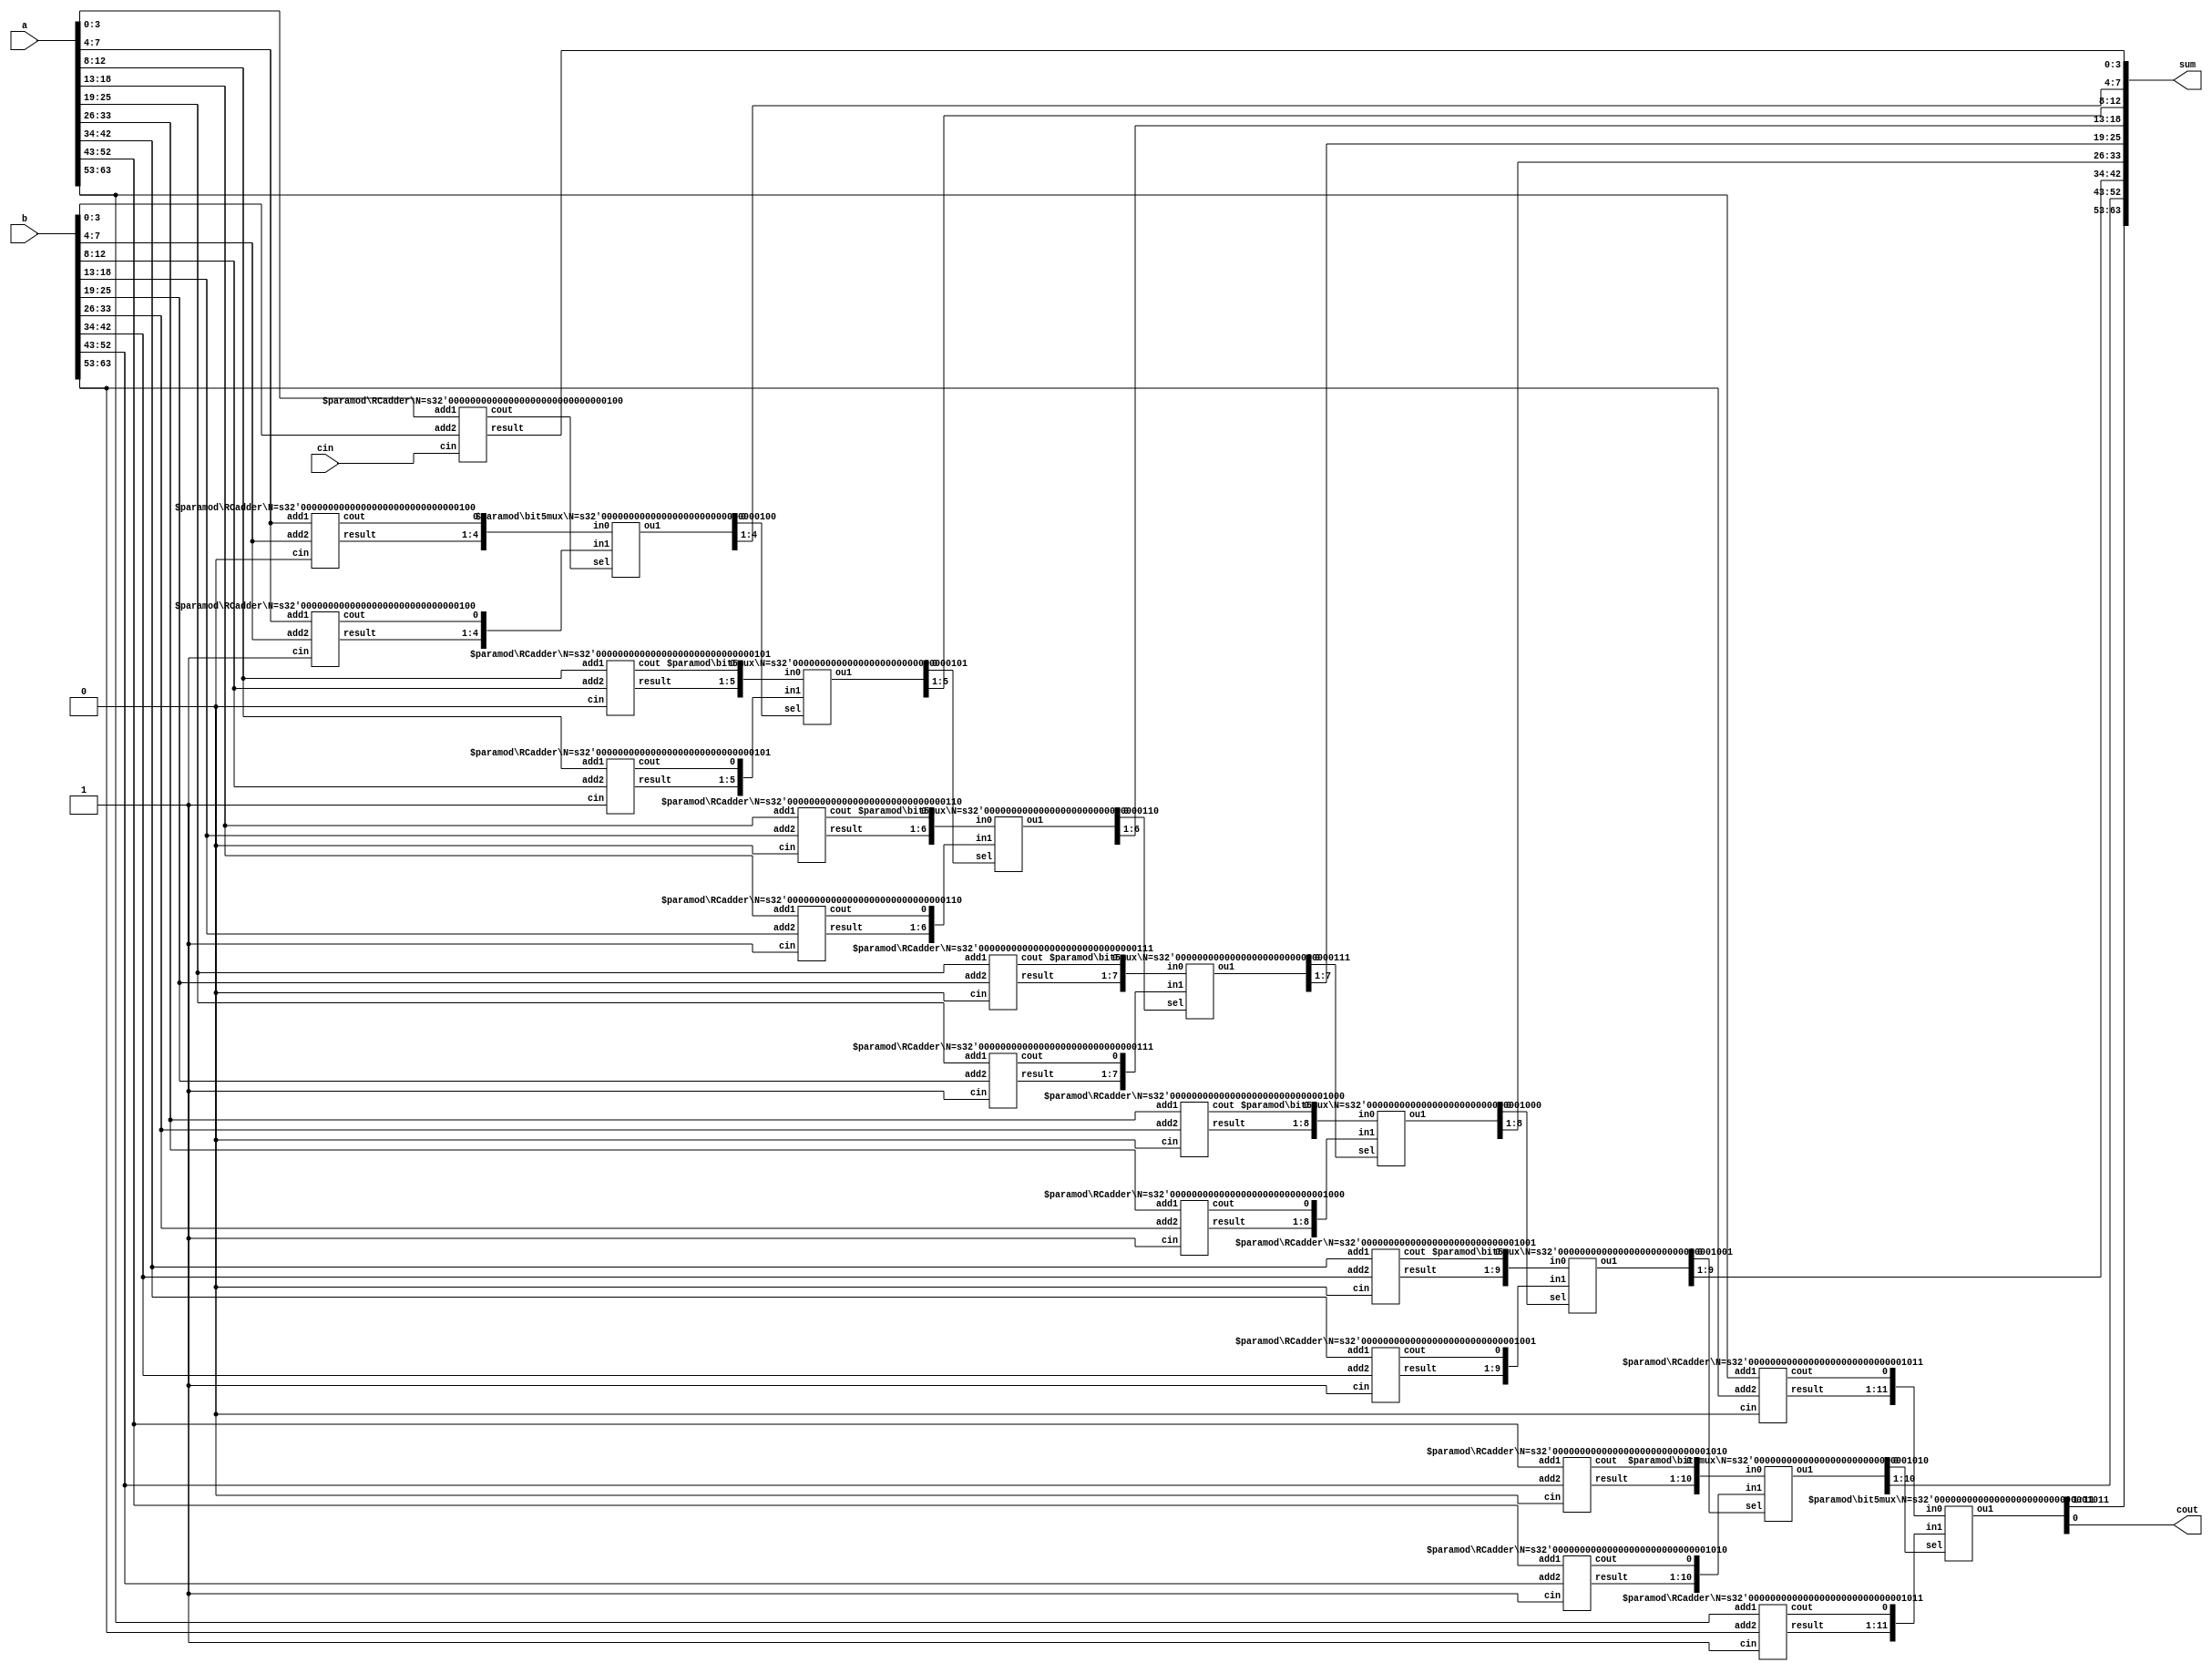
// =============================================================================
// -----------------------------------------------------------------------------
// This file implements a Square Root 64-bit Carry-Select (CSL) adder.
// =============================================================================


// ----------------------------------------------------
// Part I: 64-bit CSL adder
// ----------------------------------------------------
// TODO: please implement 64-bit CSL adder here, with 4bit 1st-stage.

module csla_64bit(
	input wire	[63:0]	a,		// operator 1
	input wire	[63:0]	b, 		// operator 2
	input wire			cin, 	// carry in

	output wire	[63:0]	sum,	// sum
	output wire			cout	// carry out
);

wire [63:0] add1 ;
wire [63:0] add2 ;
assign add1 = a ;
assign add2 = b ; 

wire [8*2-1:0] mid_c ;  //guessed carries out
wire [127:0] mid_sum ;   // guessed sum
wire [8:0] selected_c ; // selected carries out
wire [64-1:0] selected_sum ; // selected sum
assign cout = selected_c[8];
assign sum = selected_sum;


RCadder #(.N(4)) bit64_RCadder1_i1(.add1(add1[3:0]),.add2(add2[3:0]),.cin(cin),.result(selected_sum[3:0]),.cout(selected_c[0]));

RCadder #(.N(4)) bit64_RCadder1_i2(.add1(add1[7:4]),.add2(add2[7:4]),.cin(1'b0),.result(mid_sum[11:8]),.cout(mid_c[0]));
RCadder #(.N(4)) bit64_RCadder2_i2(.add1(add1[7:4]),.add2(add2[7:4]),.cin(1'b1),.result(mid_sum[15:12]),.cout(mid_c[1]));
bit5mux #(.N(4)) bit64_bit5mux_i2(.in0({mid_sum[11:8],mid_c[0]}),.in1({mid_sum[15:12],mid_c[1]}),.sel(selected_c[0]),.ou1({selected_sum[7:4],selected_c[1]}));

RCadder #(.N(5)) bit64_RCadder1_i3(.add1(add1[12:8]),.add2(add2[12:8]),.cin(1'b0),.result(mid_sum[20:16]),.cout(mid_c[2]));
RCadder #(.N(5)) bit64_RCadder2_i3(.add1(add1[12:8]),.add2(add2[12:8]),.cin(1'b1),.result(mid_sum[25:21]),.cout(mid_c[3]));
bit5mux #(.N(5)) bit64_bit5mux_i3(.in0({mid_sum[20:16],mid_c[2]}),.in1({mid_sum[25:21],mid_c[3]}),.sel(selected_c[1]),.ou1({selected_sum[12:8],selected_c[2]}));

RCadder #(.N(6)) bit64_RCadder1_i4(.add1(add1[18:13]),.add2(add2[18:13]),.cin(1'b0),.result(mid_sum[31:26]),.cout(mid_c[4]));
RCadder #(.N(6)) bit64_RCadder2_i4(.add1(add1[18:13]),.add2(add2[18:13]),.cin(1'b1),.result(mid_sum[37:32]),.cout(mid_c[5]));
bit5mux #(.N(6)) bit64_bit5mux_i4(.in0({mid_sum[31:26],mid_c[4]}),.in1({mid_sum[37:32],mid_c[5]}),.sel(selected_c[2]),.ou1({selected_sum[18:13],selected_c[3]}));

RCadder #(.N(7)) bit64_RCadder1_i5(.add1(add1[25:19]),.add2(add2[25:19]),.cin(1'b0),.result(mid_sum[44:38]),.cout(mid_c[6]));
RCadder #(.N(7)) bit64_RCadder2_i5(.add1(add1[25:19]),.add2(add2[25:19]),.cin(1'b1),.result(mid_sum[51:45]),.cout(mid_c[7]));
bit5mux #(.N(7)) bit64_bit5mux_i5(.in0({mid_sum[44:38],mid_c[6]}),.in1({mid_sum[51:45],mid_c[7]}),.sel(selected_c[3]),.ou1({selected_sum[25:19],selected_c[4]}));

RCadder #(.N(8)) bit64_RCadder1_i6(.add1(add1[33:26]),.add2(add2[33:26]),.cin(1'b0),.result(mid_sum[59:52]),.cout(mid_c[8]));
RCadder #(.N(8)) bit64_RCadder2_i6(.add1(add1[33:26]),.add2(add2[33:26]),.cin(1'b1),.result(mid_sum[67:60]),.cout(mid_c[9]));
bit5mux #(.N(8)) bit64_bit5mux_i6(.in0({mid_sum[59:52],mid_c[8]}),.in1({mid_sum[67:60],mid_c[9]}),.sel(selected_c[4]),.ou1({selected_sum[33:26],selected_c[5]}));

RCadder #(.N(9)) bit64_RCadder1_i7(.add1(add1[42:34]),.add2(add2[42:34]),.cin(1'b0),.result(mid_sum[76:68]),.cout(mid_c[10]));
RCadder #(.N(9)) bit64_RCadder2_i7(.add1(add1[42:34]),.add2(add2[42:34]),.cin(1'b1),.result(mid_sum[85:77]),.cout(mid_c[11]));
bit5mux #(.N(9)) bit64_bit5mux_i7(.in0({mid_sum[76:68],mid_c[10]}),.in1({mid_sum[85:77],mid_c[11]}),.sel(selected_c[5]),.ou1({selected_sum[42:34],selected_c[6]}));

RCadder #(.N(10)) bit64_RCadder1_i8(.add1(add1[52:43]),.add2(add2[52:43]),.cin(1'b0),.result(mid_sum[95:86]),.cout(mid_c[12]));
RCadder #(.N(10)) bit64_RCadder2_i8(.add1(add1[52:43]),.add2(add2[52:43]),.cin(1'b1),.result(mid_sum[105:96]),.cout(mid_c[13]));
bit5mux #(.N(10)) bit64_bit5mux_i8(.in0({mid_sum[95:86],mid_c[12]}),.in1({mid_sum[105:96],mid_c[13]}),.sel(selected_c[6]),.ou1({selected_sum[52:43],selected_c[7]}));

RCadder #(.N(11)) bit64_RCadder1_i9(.add1(add1[63:53]),.add2(add2[63:53]),.cin(1'b0),.result(mid_sum[116:106]),.cout(mid_c[14]));
RCadder #(.N(11)) bit64_RCadder2_i9(.add1(add1[63:53]),.add2(add2[63:53]),.cin(1'b1),.result(mid_sum[127:117]),.cout(mid_c[15]));
bit5mux #(.N(11)) bit64_bit5mux_i9(.in0({mid_sum[116:106],mid_c[14]}),.in1({mid_sum[127:117],mid_c[15]}),.sel(selected_c[7]),.ou1({selected_sum[63:53],selected_c[8]}));



endmodule 
// ----------------------------------------------------


// ----------------------------------------------------
// Part II: 16-bit Square Root CSL adder
// ----------------------------------------------------
//module csla_16bit(
//	input wire	[15:0]	a,		// operator 1
//	input wire	[15:0]	b, 		// operator 2
//	input wire			cin, 	// carry in

//	output wire	[15:0]	sum,	// sum
//	output wire			cout	// carry out
//);
//wire [15:0] add1;
//wire [15:0] add2;
//assign a = add1;
//assign b = add2; 

//wire [4*2-1:0] mid_c;  //guessed carries out
//wire [31:0] mid_sum;   // guessed sum
//wire [4:0] selected_c; // selected carries out
//wire [16-1:0] selected_sum; // selected sum


//RCadder #(.N(2)) bit16_RCadder1_i1(.add1(add1[1:0]),.add2(add2[1:0]),.cin(cin),.result(mid_sum[1:0]),.cout(selected_c[0]));

//RCadder #(.N(2)) bit16_RCadder1_i2(.add1(add1[3:2]),.add2(add2[3:2]),.cin(1'b0),.result(mid_sum[5:4]),.cout(mid_c[0]));
//RCadder #(.N(2)) bit16_RCadder2_i2(.add1(add1[3:2]),.add2(add2[3:2]),.cin(1'b1),.result(mid_sum[7:6]),.cout(mid_c[1]));
//bit5mux #(.N(2)) bit16_bit5mux_i2(.in0({mid_sum[5:4],mid_c[0]}),.in1({mid_sum[7:6],mid_c[1]}),.sel(selected_c[0]),.ou1({selected_sum[3:2],selected_c[1]}));

//RCadder #(.N(3)) bit16_RCadder1_i3(.add1(add1[6:4]),.add2(add2[6:4]),.cin(1'b0),.result(mid_sum[10:8]),.cout(mid_c[2]));
//RCadder #(.N(3)) bit16_RCadder2_i3(.add1(add1[6:4]),.add2(add2[6:4]),.cin(1'b1),.result(mid_sum[13:11]),.cout(mid_c[3]));
//bit5mux #(.N(3)) bit16_bit5mux_i3(.in0({mid_sum[10:8],mid_c[2]}),.in1({mid_sum[13:11],mid_c[3]}),.sel(selected_c[1]),.ou1({selected_sum[6:4],selected_c[2]}));

//RCadder #(.N(4)) bit16_RCadder1_i4(.add1(add1[10:7]),.add2(add2[10:7]),.cin(1'b0),.result(mid_sum[17:14]),.cout(mid_c[4]));
//RCadder #(.N(4)) bit16_RCadder2_i4(.add1(add1[10:7]),.add2(add2[10:7]),.cin(1'b1),.result(mid_sum[21:18]),.cout(mid_c[5]));
//bit5mux #(.N(4)) bit16_bit5mux_i4(.in0({mid_sum[17:14],mid_c[4]}),.in1({mid_sum[21:18],mid_c[5]}),.sel(selected_c[2]),.ou1({selected_sum[10:7],selected_c[3]}));

//RCadder #(.N(5)) bit16_RCadder1_i5(.add1(add1[15:11]),.add2(add2[15:11]),.cin(1'b0),.result(mid_sum[26:22]),.cout(mid_c[6]));
//RCadder #(.N(5)) bit16_RCadder2_i5(.add1(add1[15:11]),.add2(add2[15:11]),.cin(1'b1),.result(mid_sum[31:27]),.cout(mid_c[7]));
//bit5mux #(.N(5)) bit16_bit5mux_i5(.in0({mid_sum[26:22],mid_c[6]}),.in1({mid_sum[31:27],mid_c[7]}),.sel(selected_c[3]),.ou1({selected_sum[15:11],selected_c[4]}));

//assign cout = selected_c[4];
//assign sum = selected_sum;

//endmodule

// ----------------------------------------------------
// Part III: N-bit Ripple Carry Adder by generator
// ----------------------------------------------------
module RCadder#(parameter N =3 ) (

  input wire  [N-1:0]         add1,     //adder1
  input wire  [N-1:0]         add2,      //adder2
  input wire cin,                       //carry input

  output wire  [N-1:0]         result,     //sum
  output wire              cout     //carry output
);

wire [N-1:0] p, g ; //internal variables
wire [N:0] c_mid; //carry
assign c_mid[0] = cin;
assign cout = c_mid[N];
assign p = add1^add2;
assign g = add1&add2;

genvar i;
generate

	for(i=0;i<N;i=i+1) begin: block
	bit1adder bit1adder_module(.g(g[i]),.p(p[i]),.cin(c_mid[i]),.sum(result[i]),.count(c_mid[i+1]));
	end
endgenerate



endmodule
// ----------------------------------------------------
// Part IV: N-bit multiplexer
// ----------------------------------------------------
module bit5mux#(parameter N =3) (
input wire [N:0] in1,in0, // 2-way inputs
input wire sel,             // select

output reg [N:0] ou1      //outputs
    );
always@(*) begin
case (sel)
	1'b0:ou1 = in0;
	1'b1:ou1 = in1;
endcase
end

endmodule
// ----------------------------------------------------
// Part V: 1-bit Full Adder
// ----------------------------------------------------
module bit1adder(
input wire g,  // generate
input wire p,  // propagate
input wire cin,  // carry in

output wire sum, // sum
output wire count // carry out
    );


assign sum	 = p^cin;
assign count = g|(cin&p);

endmodule